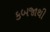
કબજાથી